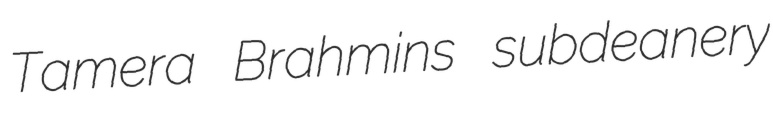
Tamera Brahmins subdeanery